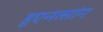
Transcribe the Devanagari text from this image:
हुएनत्सांग